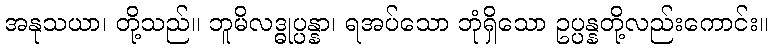
အနုသယာ၊ တို့သည်။ ဘူမိလဒ္ဓုပ္ပန္နာ၊ ရအပ်သော ဘုံရှိသော ဥပ္ပန္နတို့လည်းကောင်း။